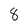
Character: 8